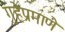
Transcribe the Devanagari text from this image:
गुहेप्रमाणे